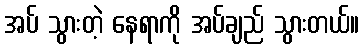
အပ် သွားတဲ့ နေရာကို အပ်ချည် သွားတယ်။